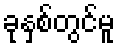
ခုနှစ်တွင်မူ